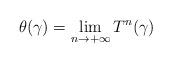
LaTeX: \begin{align*}\theta(\gamma)=\lim_{n\to +\infty}T^n(\gamma)\end{align*}